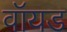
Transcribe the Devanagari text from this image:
वॉयड